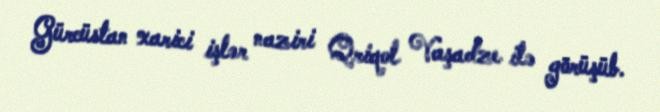
Gürcüstan xarici işlər naziri Qriqol Vaşadze ilə görüşüb.